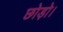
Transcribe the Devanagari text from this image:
छोड़ो।